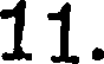
11.